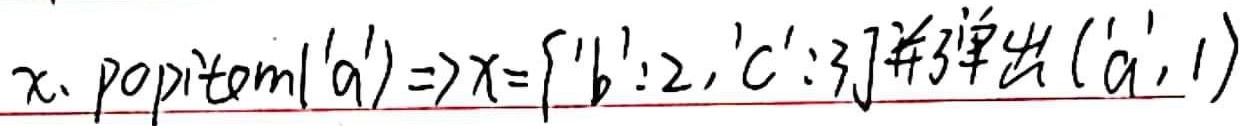
\(x.popitem('a') \Rightarrow x = \{'b': 2, 'c': 3\}\) 并弹出 \(( 'a', 1)\)